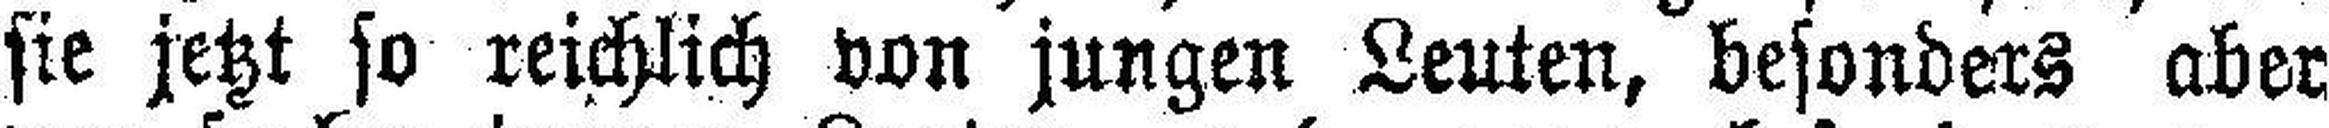
sie jetzt so reichlich von jungen Leuten, besonders aber